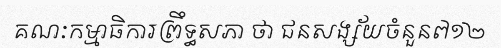
គណៈកម្មាធិការព្រឹទ្ធសភា ថា ជនសង្ស័យចំនួន៧១២